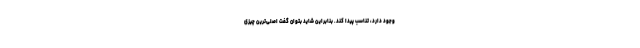
وجود دارد، تناسب پیدا کند. بنابراین شاید بتوان گفت اصلی‌ترین چیزی